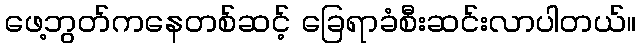
ဖေ့ဘွတ်ကနေတစ်ဆင့် ခြေရာခံစီးဆင်းလာပါတယ်။